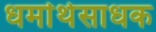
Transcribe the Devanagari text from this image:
धर्मार्थसाधक